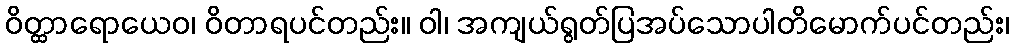
ဝိတ္ထာရောယေဝ၊ ဝိတာရပင်တည်း။ ဝါ၊ အကျယ်ရွတ်ပြအပ်သောပါတိမောက်ပင်တည်း၊